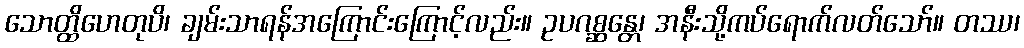
သောတ္ထိဟေတုပိ၊ ချမ်းသာရန်အကြောင်းကြောင့်လည်း။ ဥပဂစ္ဆန္တေ၊ အနီးသို့ကပ်ရောက်လတ်သော်။ တဿ၊